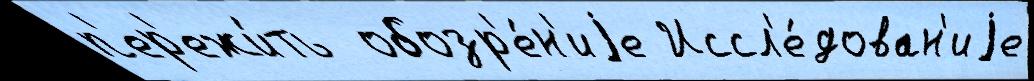
п'ер'ежи́ть  обозр'е́н'иjе Иссл'е́дован'иjе